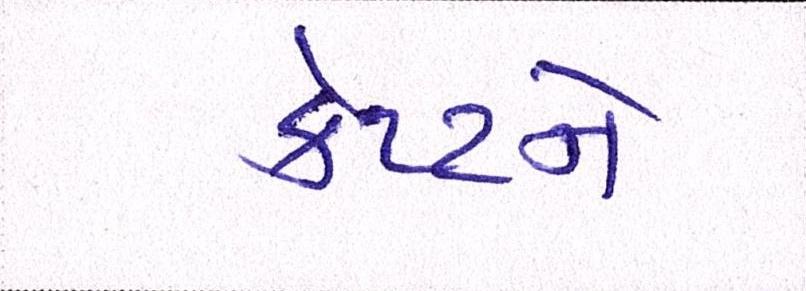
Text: કેપ્ટને